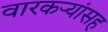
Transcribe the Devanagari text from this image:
वारकर्‍यांसह